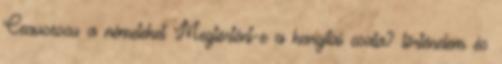
Ceausescu a németeket Megtörtént-e a hargitai csata? történelem és